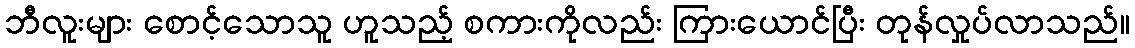
ဘီလူးများ စောင့်သောသူ ဟူသည့် စကားကိုလည်း ကြားယောင်ပြီး တုန်လှုပ်လာသည်။